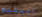
المطيع